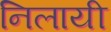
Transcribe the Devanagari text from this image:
निलायी